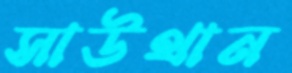
সাউথান